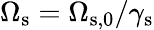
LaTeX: \Omega_{\mathrm{s}}=\Omega_{\mathrm{s},0}/\gamma_{\mathrm{s}}